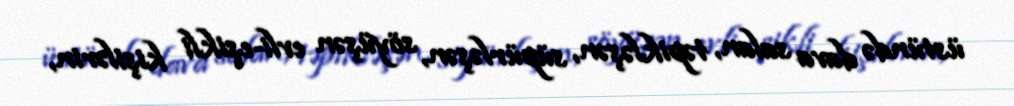
üstündə dava salan, təpikləşən, süpürləşən, söyüşən evli-eşikli kişilərin,